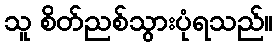
သူ စိတ်ညစ်သွားပုံရသည်။